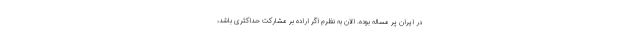
در ایران پر مساله بوده. الان به نظرم اگر اراده بر مشارکت حداکثری باشد،